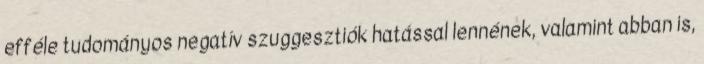
efféle tudományos negatív szuggesztiók hatással lennének, valamint abban is,